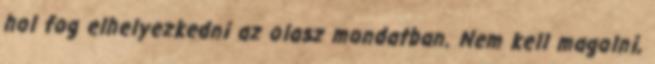
hol fog elhelyezkedni az olasz mondatban. Nem kell magolni,